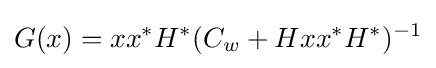
G(x)=xx^{*}H^{*}(C_{w}+Hxx^{*}H^{*})^{-1}